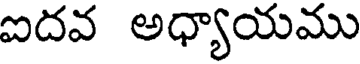
ఐదవ అధ్యాయము